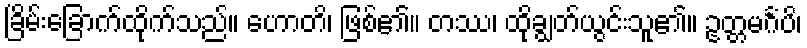
ခြိမ်းခြောက်ထိုက်သည်။ ဟောတိ၊ ဖြစ်၏။ တဿ၊ ထိုချွတ်ယွင်းသူ၏။ ဥတ္တမင်္ဂံပိ၊